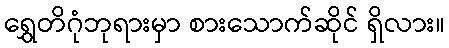
ရွှေတိဂုံဘုရားမှာ စားသောက်ဆိုင် ရှိလား။